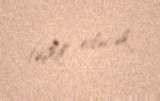
təşkil edəcək.